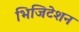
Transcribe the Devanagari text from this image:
भिजिटेशन